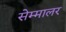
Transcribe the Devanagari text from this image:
सेम्मालर